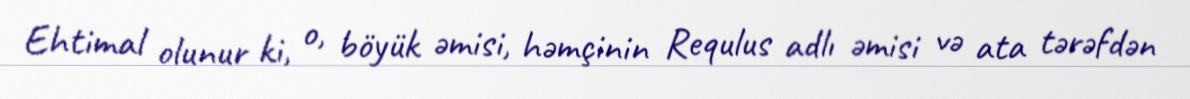
Ehtimal olunur ki, o, böyük əmisi, həmçinin Requlus adlı əmisi və ata tərəfdən